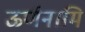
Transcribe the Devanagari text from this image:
ऊर्णनामि